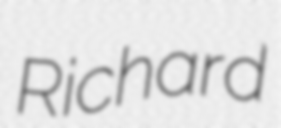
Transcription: Richard